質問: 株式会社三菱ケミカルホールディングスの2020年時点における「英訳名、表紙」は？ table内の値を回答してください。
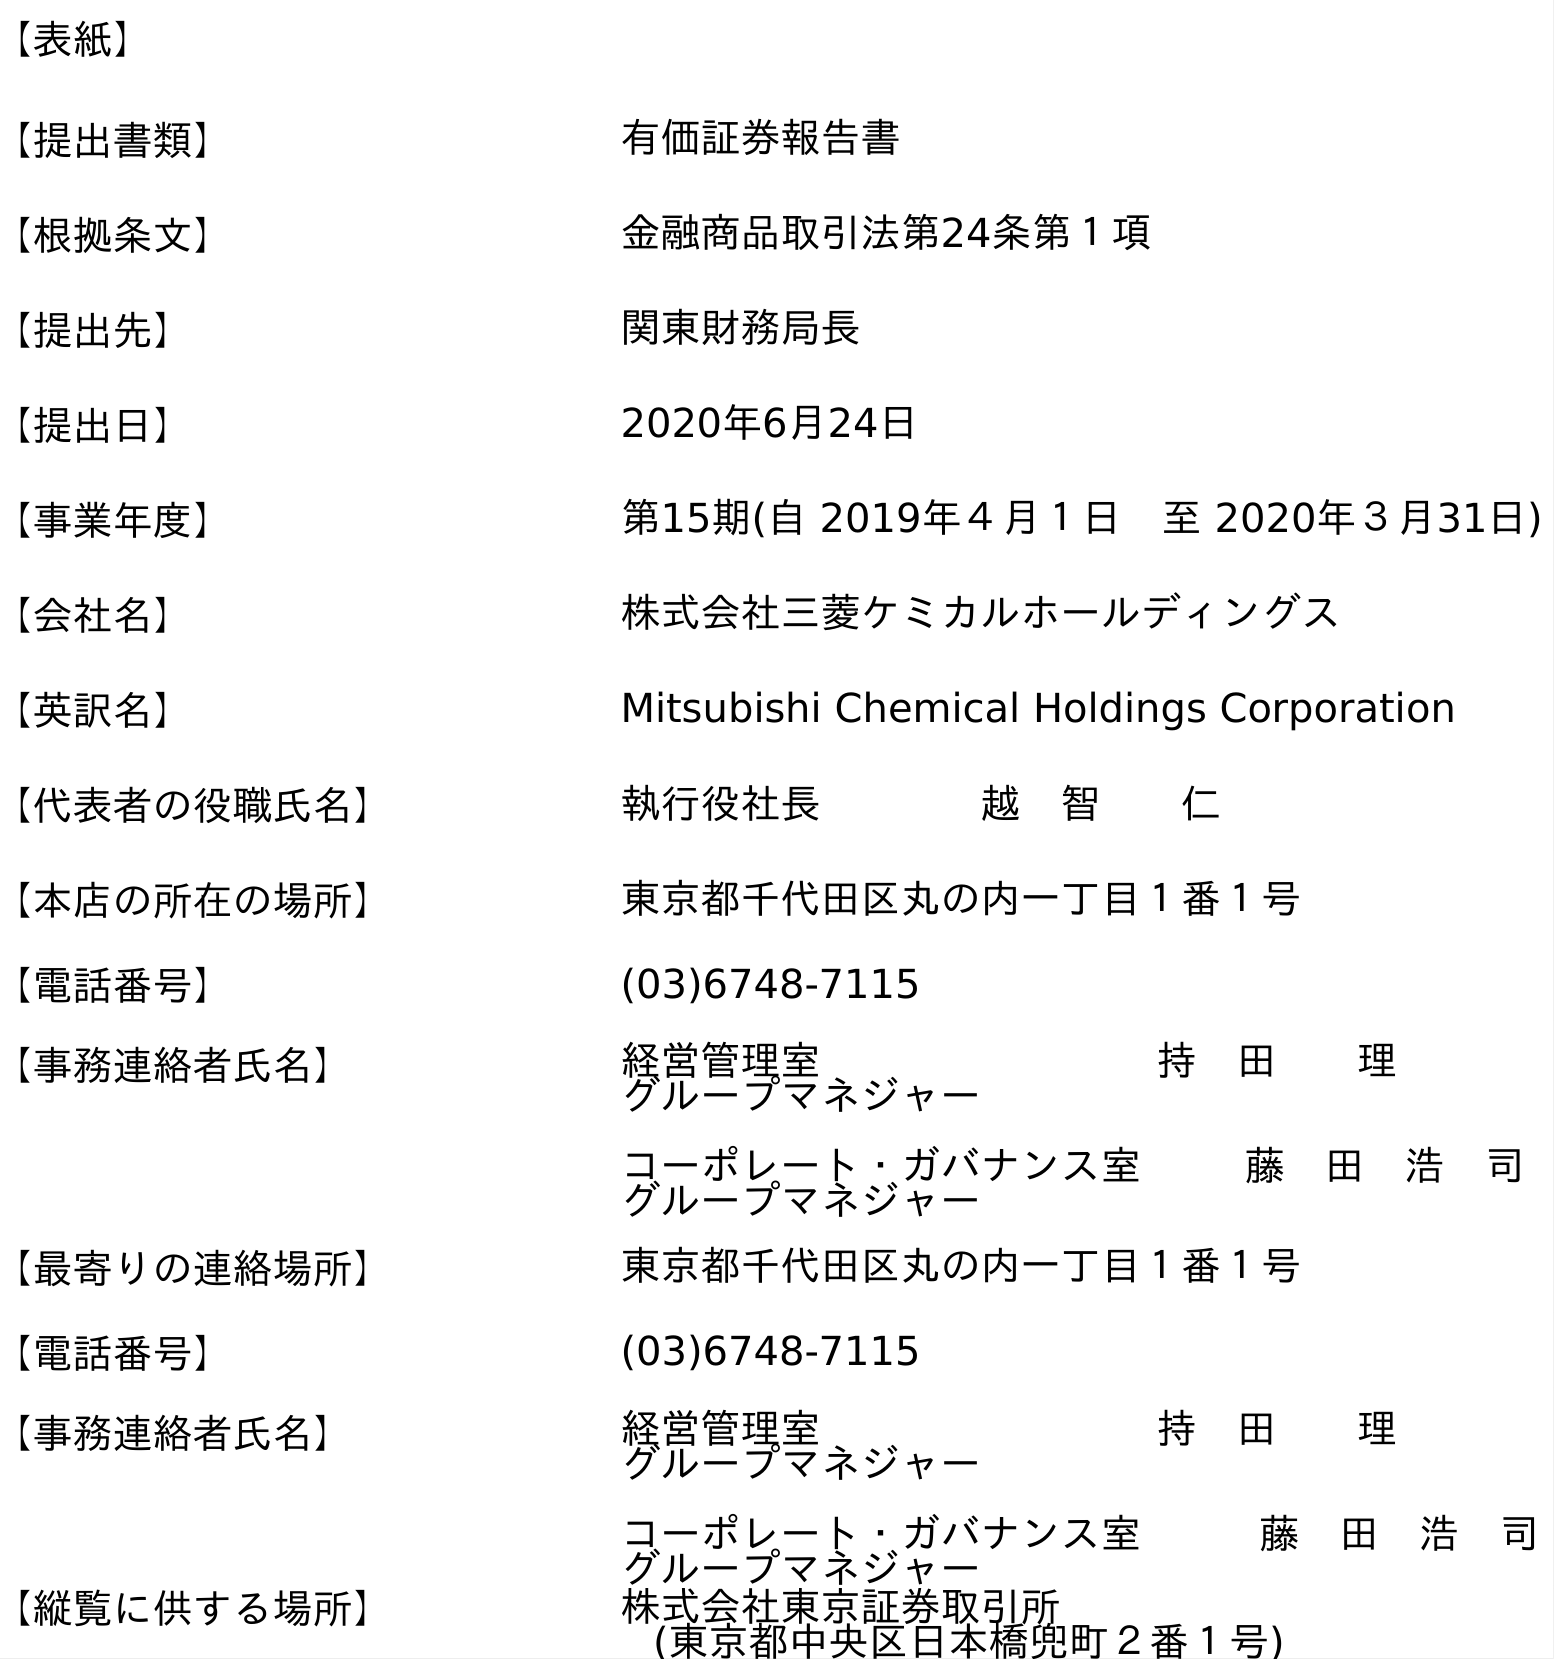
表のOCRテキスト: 【表紙】 【提出書類】 有価証券報告書 【根拠条文】 金融商品取引法第24条第１項 【提出先】 関東財務局長 【提出日】 2020年6月24日 【事業年度】 第15期(自 2019年４月１日 至 2020年３月31日) 【会社名】 株式会社三菱ケミカルホールディングス 【英訳名】 Mitsubishi Chemical Holdings Corporation 【代表者の役職氏名】 執行役社長    越 智  仁 【本店の所在の場所】 東京都千代田区丸の内一丁目１番１号 【電話番号】 (03)6748-7115 【事務連絡者氏名】 経営管理室    持 田  理 グループマネジャー コーポレート・ガバナンス室  藤 田 浩 司 グループマネジャー 【最寄りの連絡場所】 東京都千代田区丸の内一丁目１番１号 【電話番号】 (03)6748-7115 【事務連絡者氏名】 経営管理室    持 田  理 グループマネジャー コーポレート・ガバナンス室   藤 田 浩 司 グループマネジャー 【縦覧に供する場所】 株式会社東京証券取引所 (東京都中央区日本橋兜町２番１号)
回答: Mitsubishi Chemical Holdings Corporation